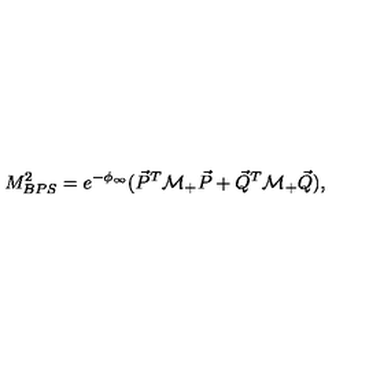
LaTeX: M _ { B P S } ^ { 2 } = e ^ { - \phi _ { \infty } } ( \vec { P } ^ { T } { \cal M } _ { + } \vec { P } + \vec { Q } ^ { T } { \cal M } _ { + } \vec { Q } ) ,